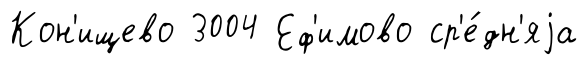
Кон'ищево 3004 Еф'имово ср'е́дн'яjа